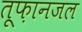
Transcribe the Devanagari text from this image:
तूफ़ानजल